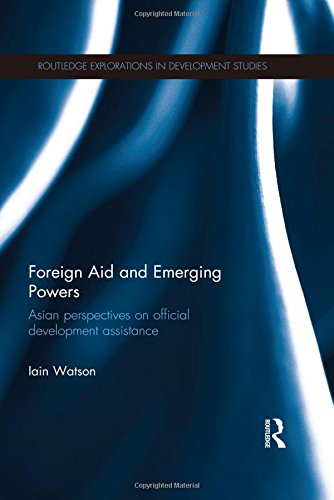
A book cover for Foreign Aid and Emerging Powers: Asian Perspectives on Official Development Assistance (Routledge Explorations in Development Studies (Unnumbered)); Iain Watson; Business & Money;